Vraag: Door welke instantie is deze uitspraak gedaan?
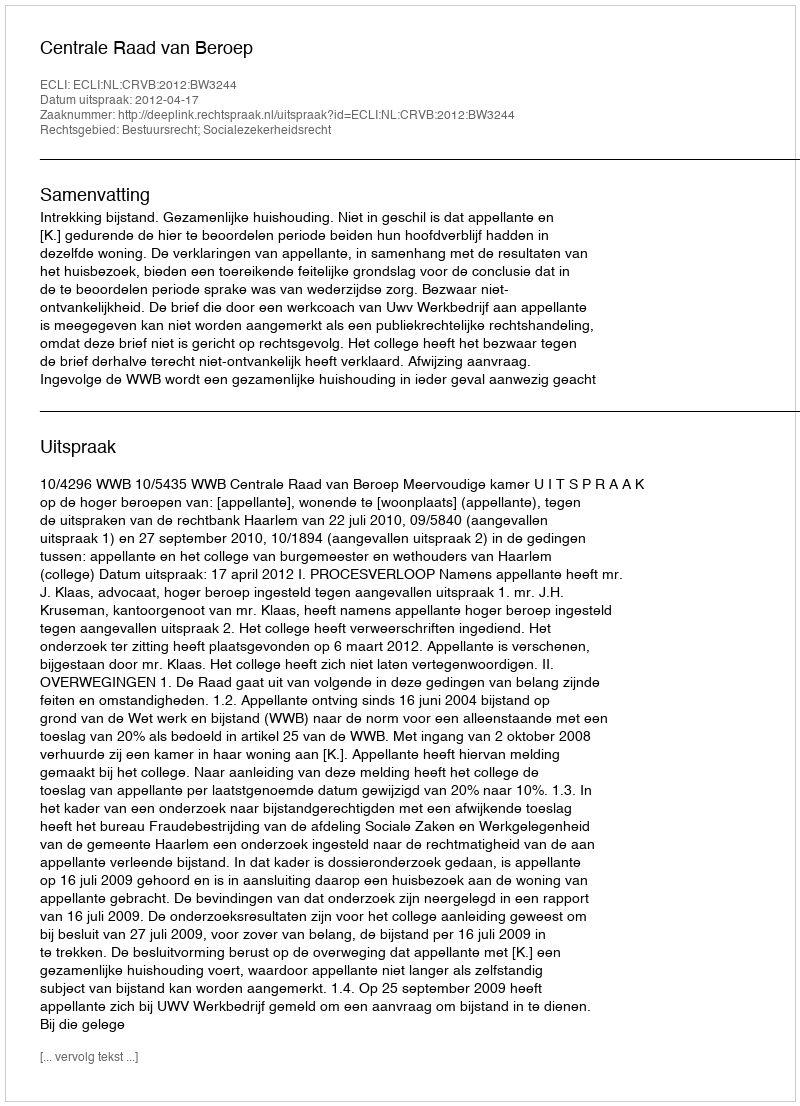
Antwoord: Centrale Raad van Beroep